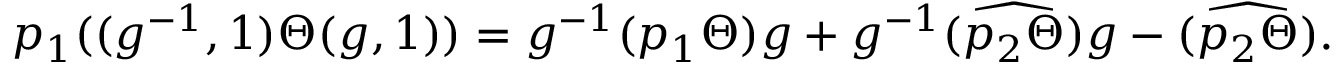
p _ { 1 } ( ( g ^ { - 1 } , 1 ) \Theta ( g , 1 ) ) = g ^ { - 1 } ( p _ { 1 } \Theta ) g + g ^ { - 1 } \widehat { ( p _ { 2 } \Theta ) } g - \widehat { ( p _ { 2 } \Theta ) } .